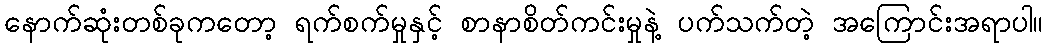
နောက်ဆုံးတစ်ခုကတော့ ရက်စက်မှုနှင့် စာနာစိတ်ကင်းမှုနဲ့ ပက်သက်တဲ့ အကြောင်းအရာပါ။